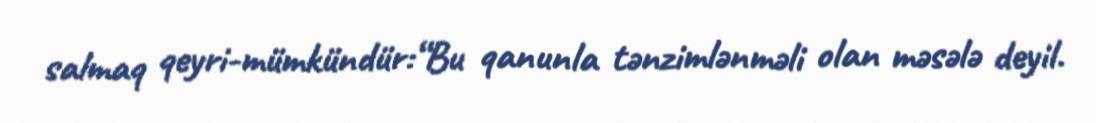
salmaq qeyri-mümkündür:“Bu qanunla tənzimlənməli olan məsələ deyil.